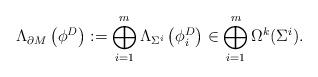
LaTeX: \begin{align*}{\Lambda}_{\partial M}\left(\phi^D\right):=\bigoplus_{i=1}^m\Lambda_{\Sigma^i}\left(\phi^D_i\right)\in\bigoplus_{i=1}^m\Omega^k(\Sigma^i).\end{align*}